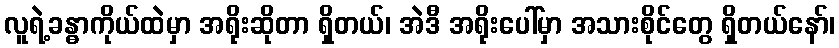
လူရဲ့ခန္ဓာကိုယ်ထဲမှာ အရိုးဆိုတာ ရှိတယ်၊ အဲဒီ အရိုးပေါ်မှာ အသားစိုင်တွေ ရှိတယ်နော်၊